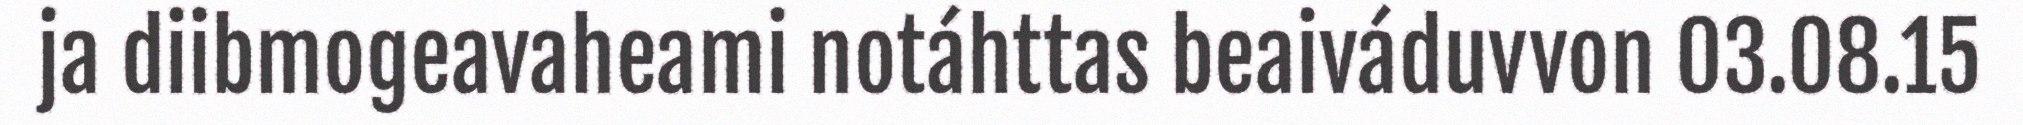
ja diibmogeavaheami notáhttas beaiváduvvon 03.08.15